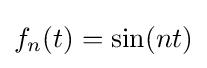
f_{n}(t)=\sin(nt)